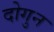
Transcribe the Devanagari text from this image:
दोगुन